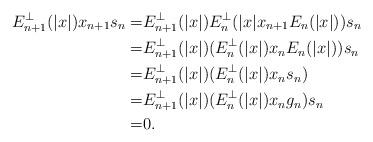
LaTeX: \begin{align*}E_{n+1}^\bot(|x|)x_{n+1}s_n=&E_{n+1}^\bot(|x|)E_{n}^\bot(|x|x_{n+1}E_{n}(|x|))s_n\\=&E_{n+1}^\bot(|x|)(E_{n}^\bot(|x|)x_{n}E_{n}(|x|))s_n\\=&E_{n+1}^\bot(|x|)(E_{n}^\bot(|x|)x_{n}s_n)\\=&E_{n+1}^\bot(|x|)(E_{n}^\bot(|x|)x_{n}g_n)s_n\\=&0.\end{align*}